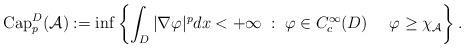
LaTeX: \begin{align*}\operatorname{Cap}^D_p(\mathcal A):=\inf \left\{ \int_{D} |\nabla \varphi|^p dx < + \infty \; : \; \varphi \in C^{\infty}_c(D) \ \ \ \ \varphi \geq \chi_{\mathcal A}\right\}.\end{align*}